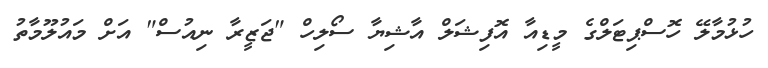
ހުޅުމާލޭ ހޮސްޕިޓަލްގެ މީޑިއާ އޮފިޝަލް އާޝިޔާ ސޯލިހް "ޖަޒީރާ ނިއުސް" އަށް މައުލޫމާތު